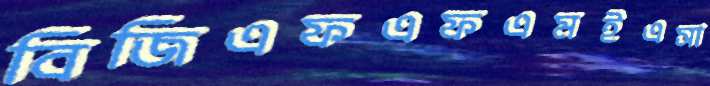
বিজিএফএফএমইএসা